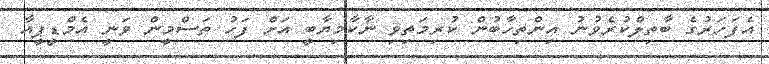
އެފަހަރުގެ ބާތިލްކުރެވުނު އިންތިހާބުން ކުރިމަތިވި ނާކާމިޔާބީ އަށް ފަހު ތަސްމީން ވަނީ އެމްޑީޕީއާ